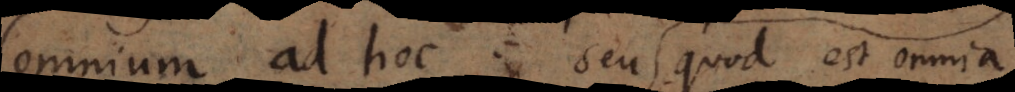
omnium ad hoc, seu quod est omnia